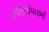
પૉલિસીધારકની